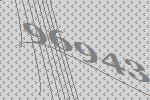
96943